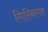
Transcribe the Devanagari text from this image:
गिरिनगर